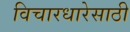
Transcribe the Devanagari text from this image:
विचारधारेसाठी